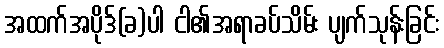
အထက်အပိုဒ်(ခ)ပါ ငါ၏အရာခပ်သိမ်း ပျက်သုန်းခြင်း